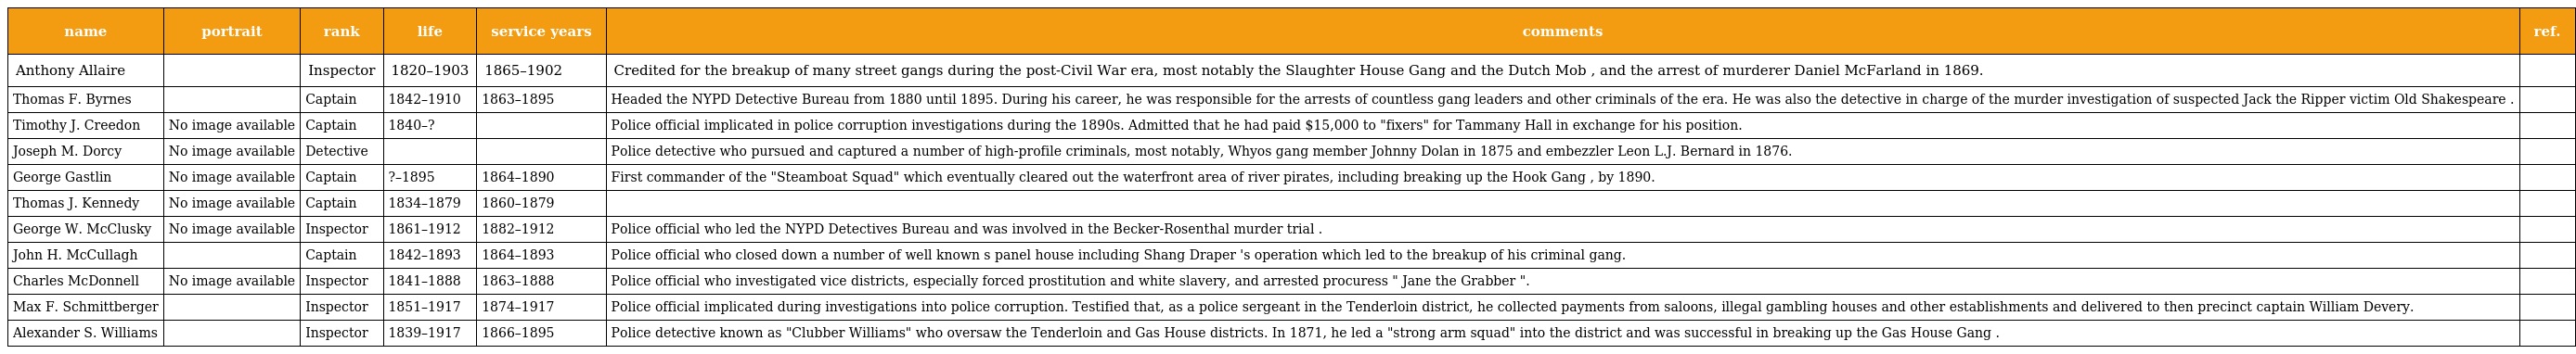
| name | portrait | rank | life | service years | comments | ref. |
 | --- | --- | --- | --- | --- | --- | --- |
 | Anthony Allaire |  | Inspector | 1820–1903 | 1865–1902 | Credited for the breakup of many street gangs during the post-Civil War era, most notably the Slaughter House Gang and the Dutch Mob , and the arrest of murderer Daniel McFarland in 1869. |  |
 | Thomas F. Byrnes |  | Captain | 1842–1910 | 1863–1895 | Headed the NYPD Detective Bureau from 1880 until 1895. During his career, he was responsible for the arrests of countless gang leaders and other criminals of the era. He was also the detective in charge of the murder investigation of suspected Jack the Ripper victim Old Shakespeare . |  |
 | Timothy J. Creedon | No image available | Captain | 1840–? |  | Police official implicated in police corruption investigations during the 1890s. Admitted that he had paid $15,000 to "fixers" for Tammany Hall in exchange for his position. |  |
 | Joseph M. Dorcy | No image available | Detective |  |  | Police detective who pursued and captured a number of high-profile criminals, most notably, Whyos gang member Johnny Dolan in 1875 and embezzler Leon L.J. Bernard in 1876. |  |
 | George Gastlin | No image available | Captain | ?–1895 | 1864–1890 | First commander of the "Steamboat Squad" which eventually cleared out the waterfront area of river pirates, including breaking up the Hook Gang , by 1890. |  |
 | Thomas J. Kennedy | No image available | Captain | 1834–1879 | 1860–1879 |  |  |
 | George W. McClusky | No image available | Inspector | 1861–1912 | 1882–1912 | Police official who led the NYPD Detectives Bureau and was involved in the Becker-Rosenthal murder trial . |  |
 | John H. McCullagh |  | Captain | 1842–1893 | 1864–1893 | Police official who closed down a number of well known s panel house including Shang Draper 's operation which led to the breakup of his criminal gang. |  |
 | Charles McDonnell | No image available | Inspector | 1841–1888 | 1863–1888 | Police official who investigated vice districts, especially forced prostitution and white slavery, and arrested procuress " Jane the Grabber ". |  |
 | Max F. Schmittberger |  | Inspector | 1851–1917 | 1874–1917 | Police official implicated during investigations into police corruption. Testified that, as a police sergeant in the Tenderloin district, he collected payments from saloons, illegal gambling houses and other establishments and delivered to then precinct captain William Devery. |  |
 | Alexander S. Williams |  | Inspector | 1839–1917 | 1866–1895 | Police detective known as "Clubber Williams" who oversaw the Tenderloin and Gas House districts. In 1871, he led a "strong arm squad" into the district and was successful in breaking up the Gas House Gang . |  |